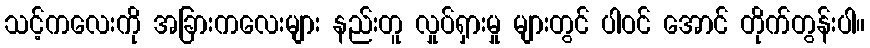
သင့်ကလေးကို အခြားကလေးများ နည်းတူ လှုပ်ရှားမှု များတွင် ပါဝင် အောင် တိုက်တွန်းပါ။